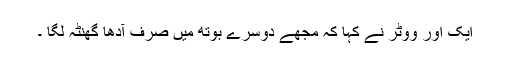
ایک اور ووٹر نے کہا کہ مجھے دوسرے بوتھ میں صرف آدھا گھنٹہ لگا ۔